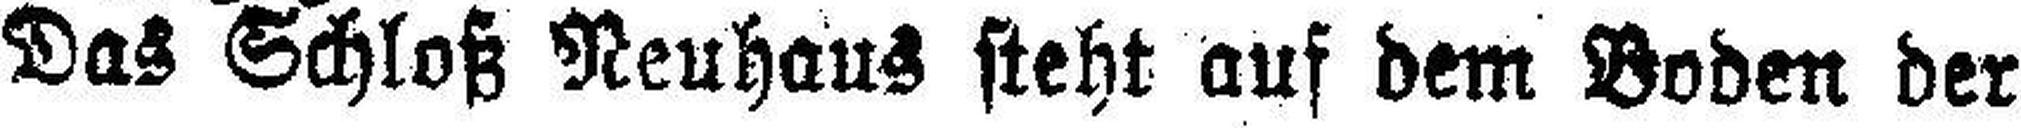
Das Schloß Neuhaus steht auf dem Boden der